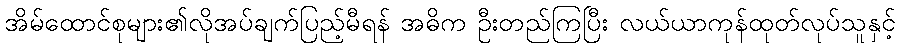
အိမ်ထောင်စုများ၏လိုအပ်ချက်ပြည့်မီရန် အဓိက ဦးတည်ကြပြီး လယ်ယာကုန်ထုတ်လုပ်သူနှင့်